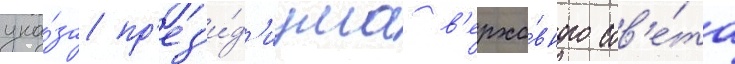
ука́за пр'ез'и́д'иума в'ерхо́вного сов'е́та